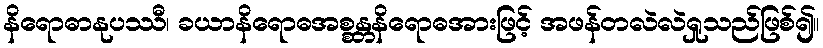
နိရောဓာနုပဿီ၊ ခယာနိရောဓအစ္စန္တနိရောဓအားဖြင့် အဖန်တလဲလဲရှုသည်ဖြစ်၍။